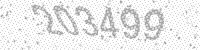
Solution: 203499